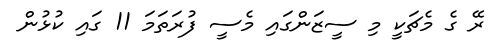
ރޭ ގެ މެޗަކީ މި ސީޒަންގައި މެސީ ފުރަތަމަ 11 ގައި ކުޅުން